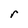
Character: r